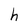
Character: h